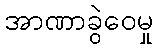
အာဏာခွဲဝေမှု